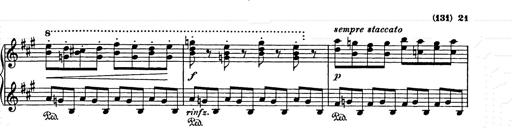
Title: Weihnachtsbaum
Composer: Franz Liszt